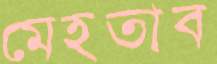
মেহতাব